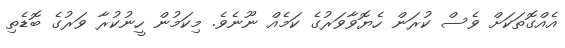
އެއްގޮތަކަށް ވެސް ކުރަން ހެޔޮވާވަރުގެ ކަމެއް ނޫނެވެ. މިކަމުން ހީނުކުރާ ވަރުގެ ބޮޑެތި